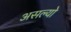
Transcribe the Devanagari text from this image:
असल्याे